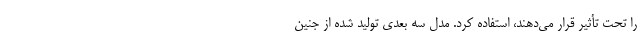
را تحت تأثیر قرار می‌دهند، استفاده کرد. مدل سه بعدی تولید شده از جنین